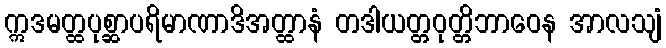
ဣဒမတ္ထပုစ္ဆာပရိမာဏာဒိအတ္ထာနံ တဒါယတ္တဝုတ္တိဘာဝေန အာလသျံ